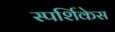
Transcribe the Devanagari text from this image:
स्पर्शिकेस